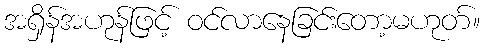
အရှိန်အဟုန်ဖြင့် ဝင်လာနေခြင်းတော့မဟုတ်။